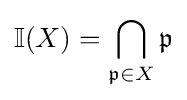
\mathbb {I} (X)=\bigcap _{{\mathfrak {p}}\in X}{\mathfrak {p}}